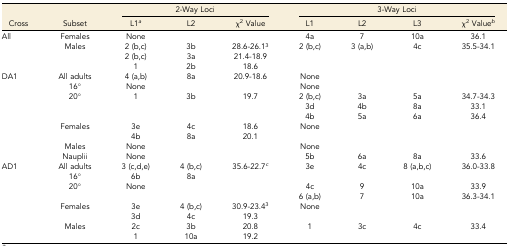
<table><thead><tr><td></td><td></td><td colspan="3"><b>2-Way Loci</b></td><td colspan="4"><b>3-Way Loci</b></td></tr><tr><td><b>Cross</b></td><td><b>Subset</b></td><td><b>L1<i><sup>a</sup></i></b></td><td><b>L2</b></td><td><b>χ<sup>2</sup> Value</b></td><td><b>L1</b></td><td><b>L2</b></td><td><b>L3</b></td><td><b>χ<sup>2</sup> Value<i><sup>b</sup></i></b></td></tr></thead><tbody><tr><td>All</td><td>Females</td><td>None</td><td></td><td></td><td>4a</td><td>7</td><td>10a</td><td>36.1</td></tr><tr><td></td><td>Males</td><td>2 (b,c)</td><td>3b</td><td>28.6-26.1<sup>3</sup></td><td>2 (b,c)</td><td>3 (a,b)</td><td>4c</td><td>35.5-34.1</td></tr><tr><td></td><td></td><td>2 (b,c)</td><td>3a</td><td>21.4-18.9</td><td></td><td></td><td></td><td></td></tr><tr><td></td><td></td><td>1</td><td>2b</td><td>18.6</td><td></td><td></td><td></td><td></td></tr><tr><td>DA1</td><td>All adults</td><td>4 (a,b)</td><td>8a</td><td>20.9-18.6</td><td>None</td><td></td><td></td><td></td></tr><tr><td></td><td>16°</td><td>None</td><td></td><td></td><td>None</td><td></td><td></td><td></td></tr><tr><td></td><td>20°</td><td>1</td><td>3b</td><td>19.7</td><td>2 (b,c)</td><td>3a</td><td>5a</td><td>34.7-34.3</td></tr><tr><td></td><td></td><td></td><td></td><td></td><td>3d</td><td>4b</td><td>8a</td><td>33.1</td></tr><tr><td></td><td></td><td></td><td></td><td></td><td>4b</td><td>5a</td><td>6a</td><td>36.4</td></tr><tr><td></td><td>Females</td><td>3e</td><td>4c</td><td>18.6</td><td>None</td><td></td><td></td><td></td></tr><tr><td></td><td></td><td>4b</td><td>8a</td><td>20.1</td><td></td><td></td><td></td><td></td></tr><tr><td></td><td>Males</td><td>None</td><td></td><td></td><td>None</td><td></td><td></td><td></td></tr><tr><td></td><td>Nauplii</td><td>None</td><td></td><td></td><td>5b</td><td>6a</td><td>8a</td><td>33.6</td></tr><tr><td>AD1</td><td>All adults</td><td>3 (c,d,e)</td><td>4 (b,c)</td><td>35.6-22.7<i><sup>c</sup></i></td><td>3e</td><td>4c</td><td>8 (a,b,c)</td><td>36.0-33.8</td></tr><tr><td></td><td>16°</td><td>6b</td><td>8a</td><td></td><td></td><td></td><td></td><td></td></tr><tr><td></td><td>20°</td><td>None</td><td></td><td></td><td>4c</td><td>9</td><td>10a</td><td>33.9</td></tr><tr><td></td><td></td><td></td><td></td><td></td><td>6 (a,b)</td><td>7</td><td>10a</td><td>36.3-34.1</td></tr><tr><td></td><td>Females</td><td>3e</td><td>4 (b,c)</td><td>30.9-23.4<sup>3</sup></td><td>None</td><td></td><td></td><td></td></tr><tr><td></td><td></td><td>3d</td><td>4c</td><td>19.3</td><td></td><td></td><td></td><td></td></tr><tr><td></td><td>Males</td><td>2c</td><td>3b</td><td>20.8</td><td>1</td><td>3c</td><td>4c</td><td>33.4</td></tr><tr><td></td><td></td><td>1</td><td>10a</td><td>19.2</td><td></td><td></td><td></td><td></td></tr></tbody></table>